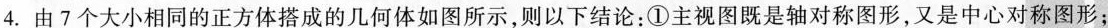
4.由7个大小相同的正方体搭成的几何体如图所示，则以下结论：①主视图既是轴对称图形，又是中心对称图形；